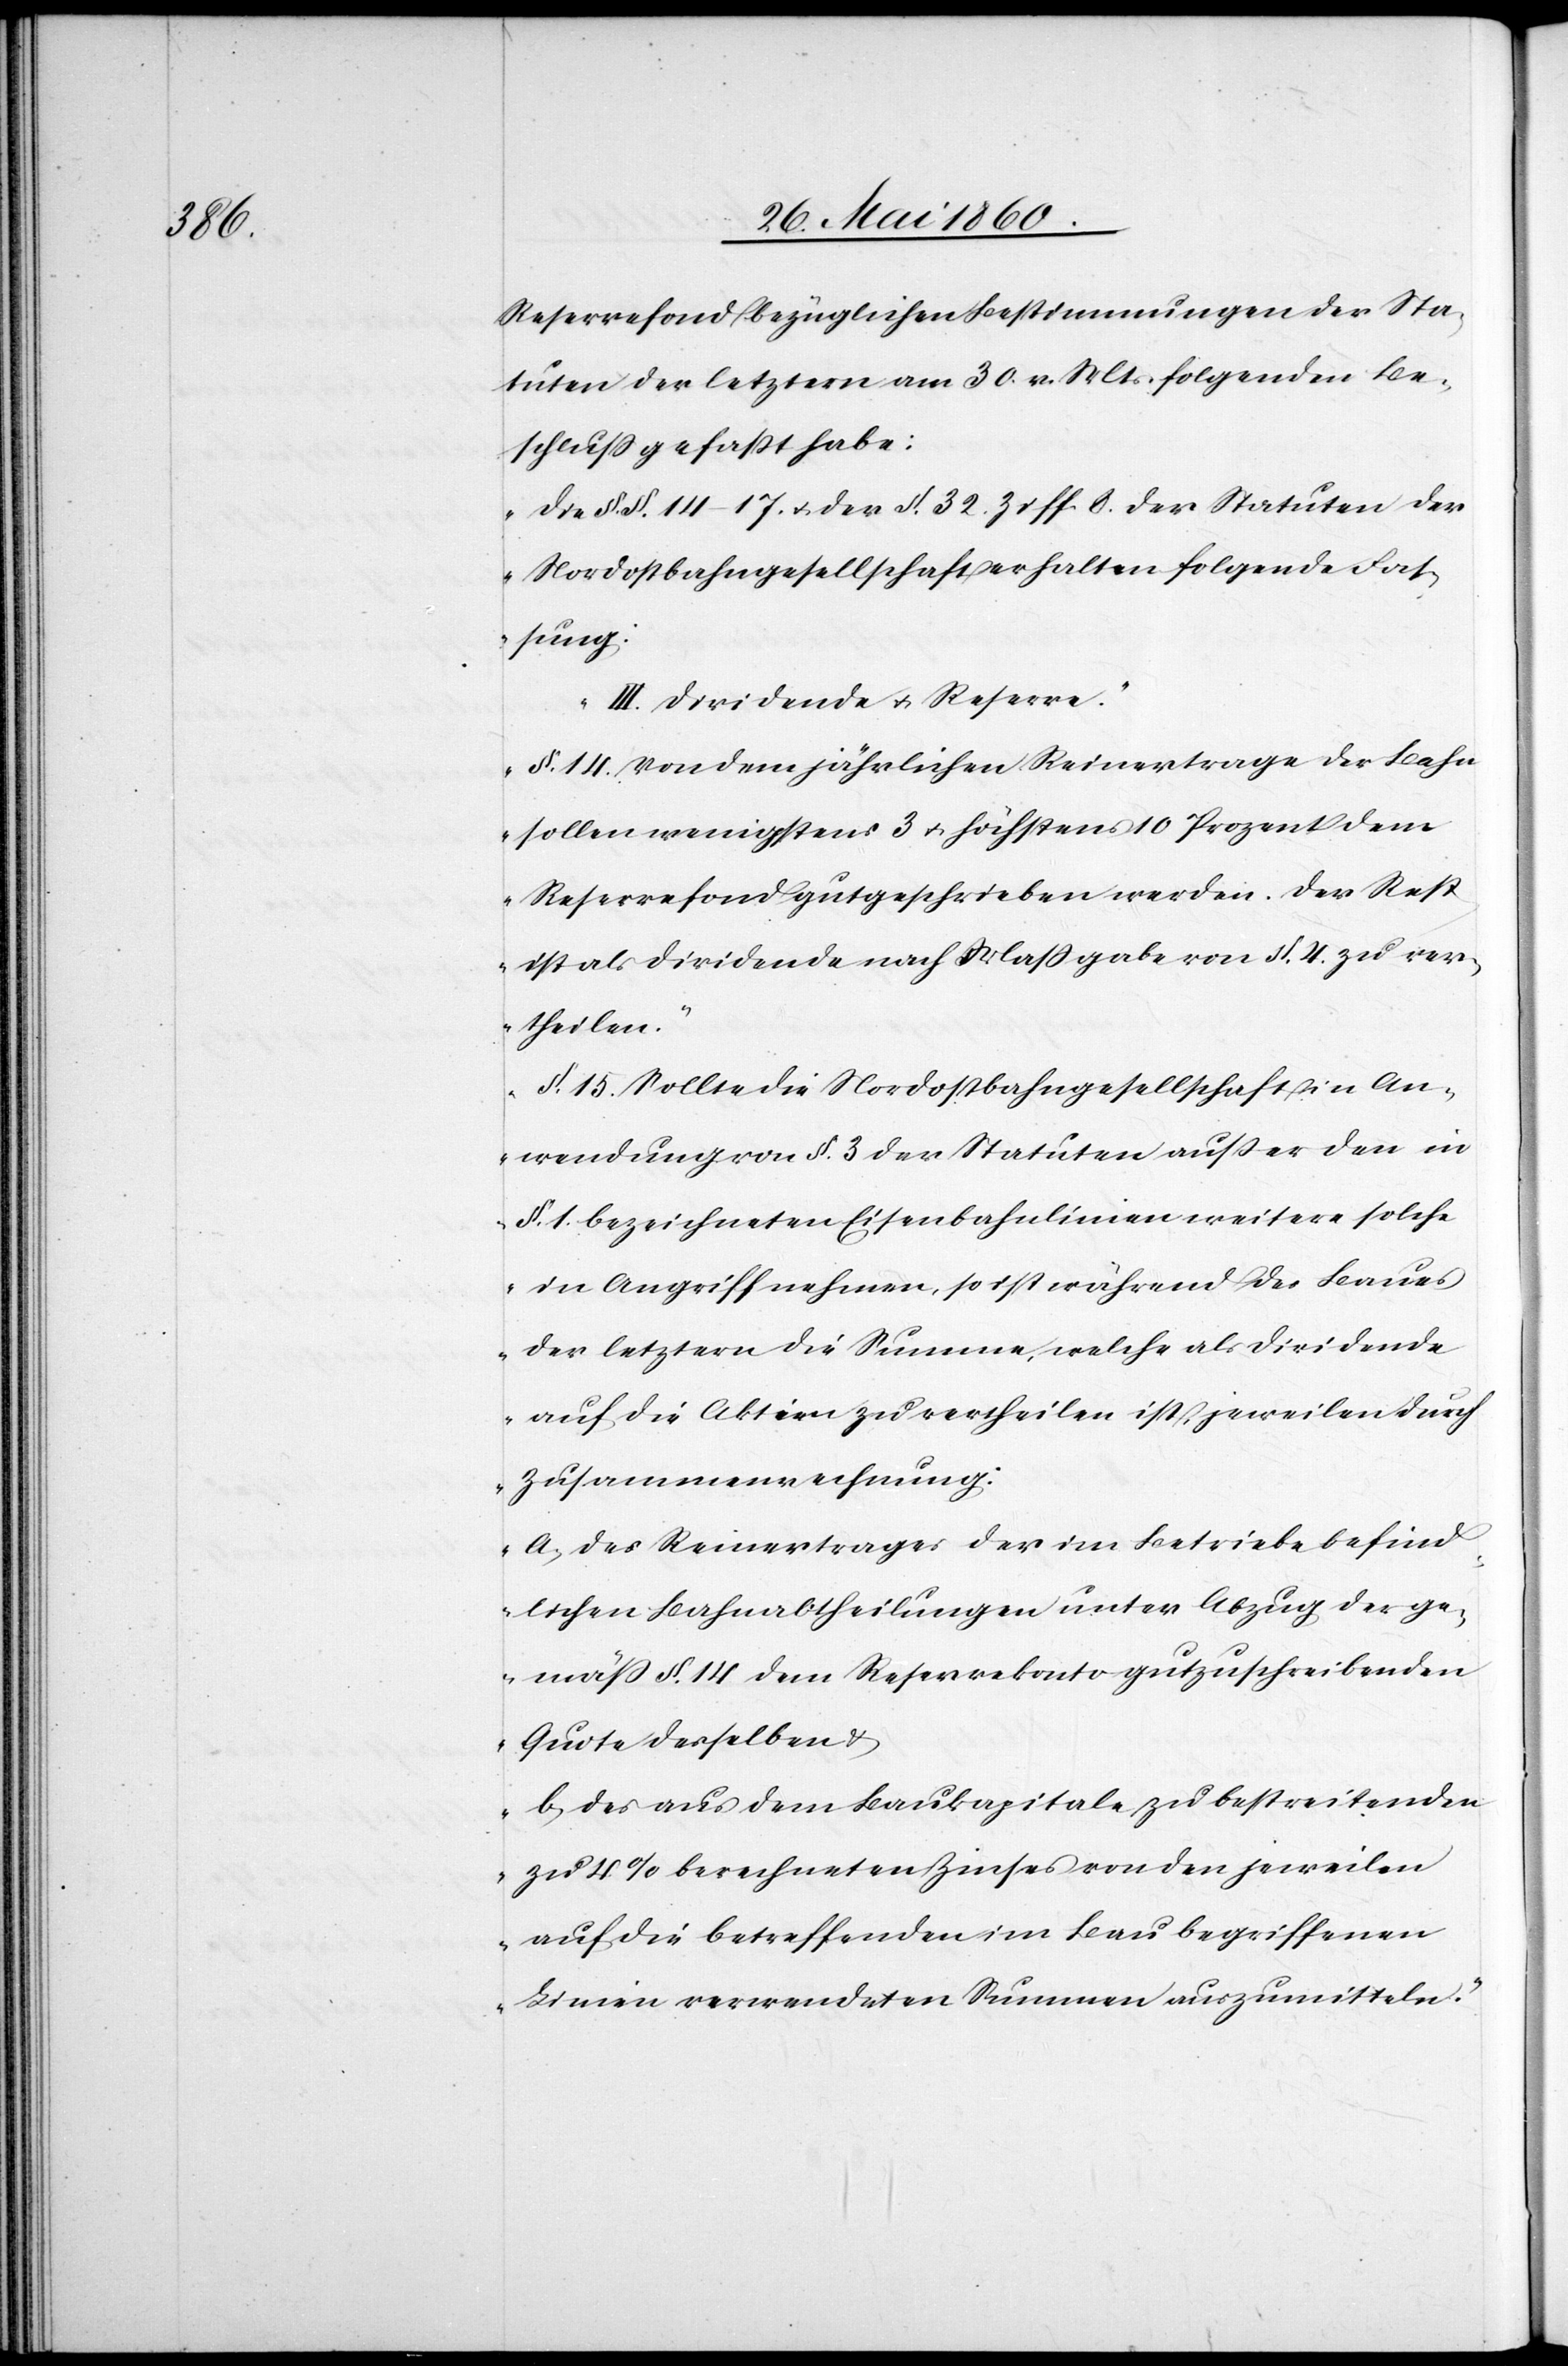
Reservefond bezüglichen Bestimmungen der Sta¬
tuten der letztern am 30. v. Mts. folgenden Be¬
schluss gefasst habe:
„Die §§. 14–17 u. der §. 32 Ziff. 8. der Statuten der
Nordostbahngesellschaft erhalten folgende Fas¬
sung:
III. Dividende u. Reserve.
§. 14. Von dem jährlichen Reinertrage der Bahn
sollen wenigstens 3 u. höchstens 10 Prozent dem
Reservefond gutgeschrieben werden. Der Rest
ist als Dividende nach Maßgabe von §. 4 zu ver¬
theilen.
§. 15. Sollte die Nordostbahngesellschaft in An¬
wendung von §. 3 der Statuten ausser den in
§. 1 bezeichneten Eisenbahnlinien weitere solche
in Angriff nehmen, so ist während des Baues
der letztern die Summe, welche als Dividende
auf die Aktien zu vertheilen ist, jeweilen durch
Zusammenrechnung:
a. des Reinertrages der im Betriebe befind¬
lichen Bahnabtheilungen unter Abzug der ge¬
mäss §. 14 dem Reservekonto gutzuschreibenden
Quote desselben u.
b. des aus dem Baukapitale zu bestreitenden
zu 4% berechneten Zinses von den jeweilen
auf die betreffenden im Bau begriffenen
Linien verwendeten Summen auszumitteln.